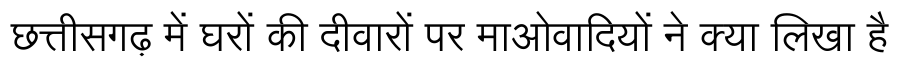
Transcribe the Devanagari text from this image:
छत्तीसगढ़ में घरों की दीवारों पर माओवादियों ने क्या लिखा है